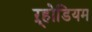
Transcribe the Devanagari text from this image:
ऱ्होडियम